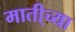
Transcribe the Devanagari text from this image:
माती्च्या